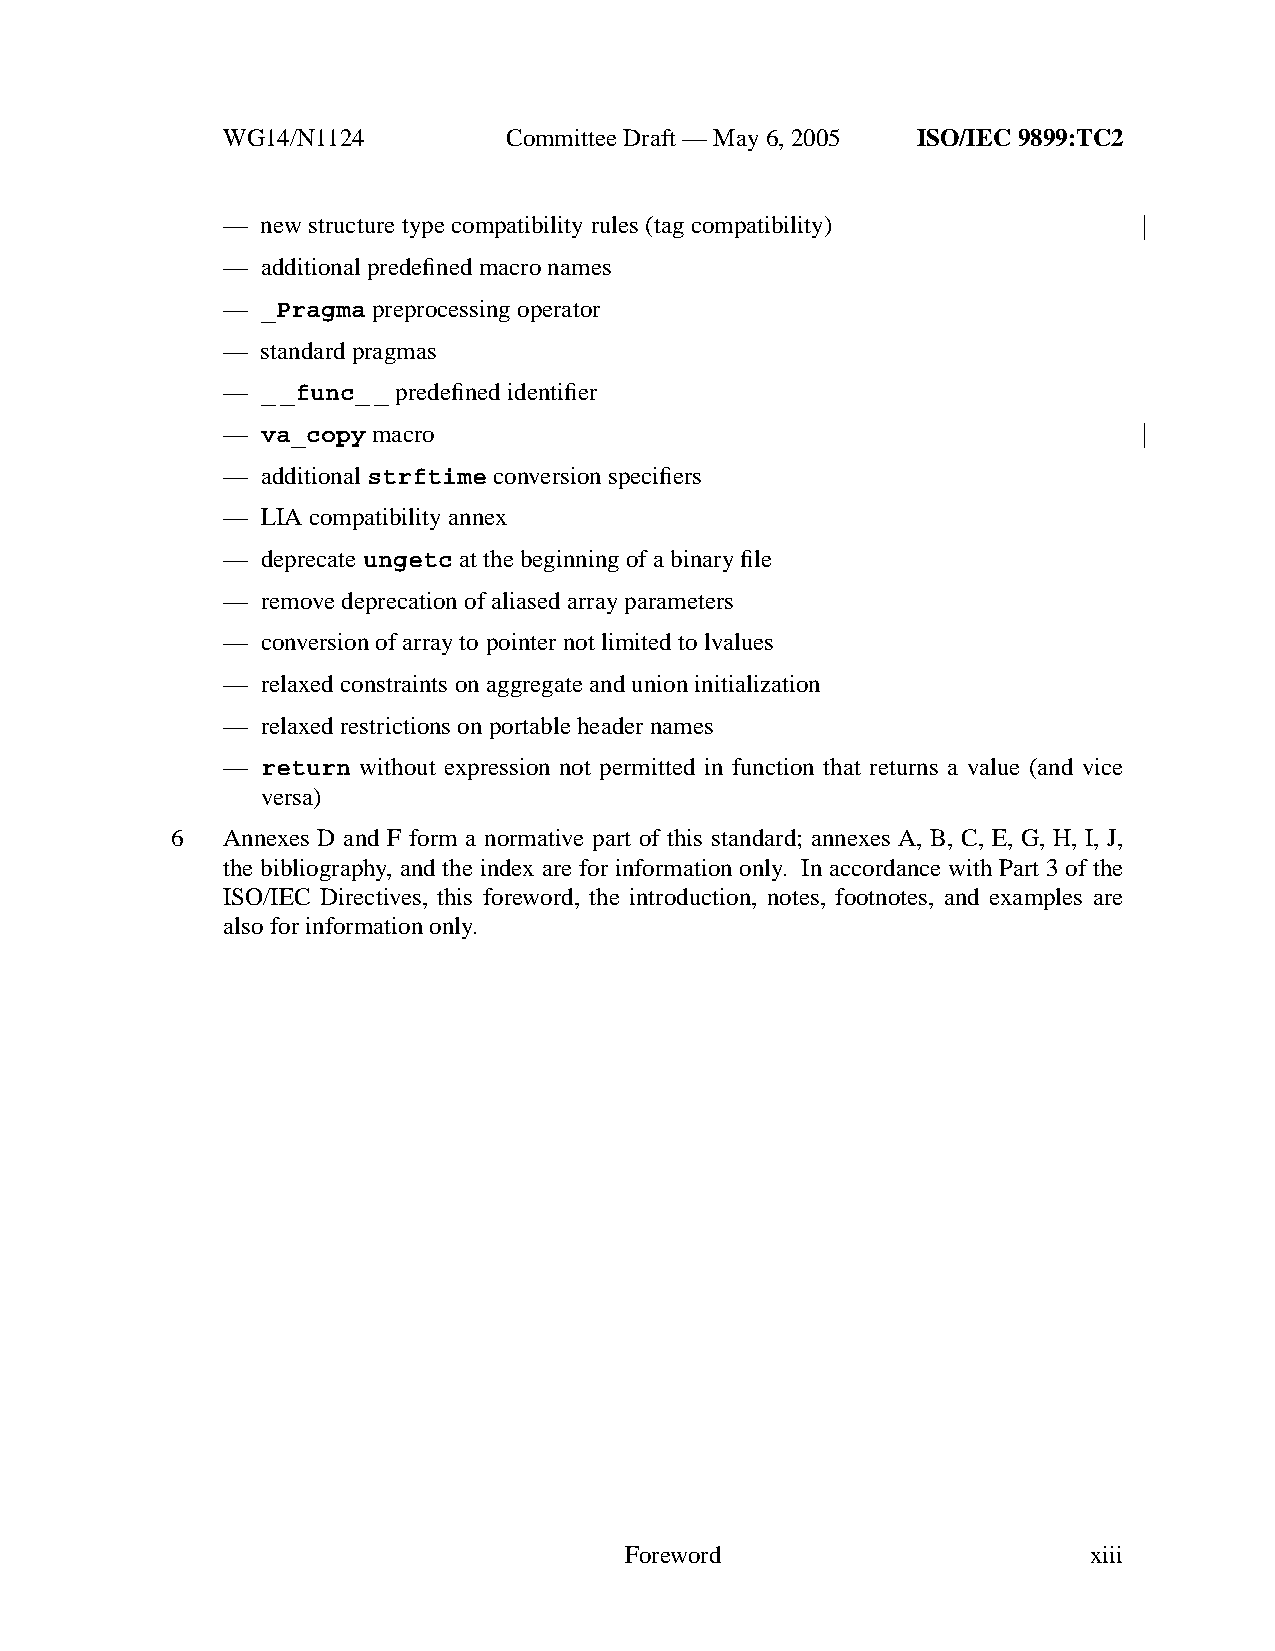
WG14/N1124        CommitteeDraft — May 6, 2005 ISO/IEC 9899:TC2
 — new structure type compatibility rules (tag compatibility)
 — additional predefined macro names
 — _Pragma preprocessing operator
 — standard pragmas
 — __func_ _ predefined identifier
 — va_copy macro
 — additionalstrftime conversion specifiers
 — LIA compatibility annex
 — deprecateungetc at the beginning of a binary file
 — remove deprecation of aliased array parameters
 — conversion of array to pointer not limited to lvalues
 — relaxed constraints on aggregate and union initialization
 — relaxed restrictions on portable header names
 — return without expression not permitted in function that returns a value (and vice
 versa)
 6   Annexes D and F form a normative part of this standard; annexes A, B, C, E, G, H, I, J,
 the bibliography, and the index are for information only. In accordance with Part 3 of the
 ISO/IEC Directives, this foreword, the introduction, notes, footnotes, and examples are
 also for information only.
 Foreword                       xiii